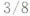
\frac{3}{8}